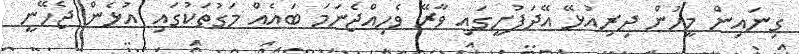
ގިނައިން މީހުން ދިރިއުޅޭ އޭދަފުށީގައި ވާރޭ ވެހިއްޖެނަމަ ބައެއް މަގުތަކުގައި އުޅެން ޖެހޭނީ